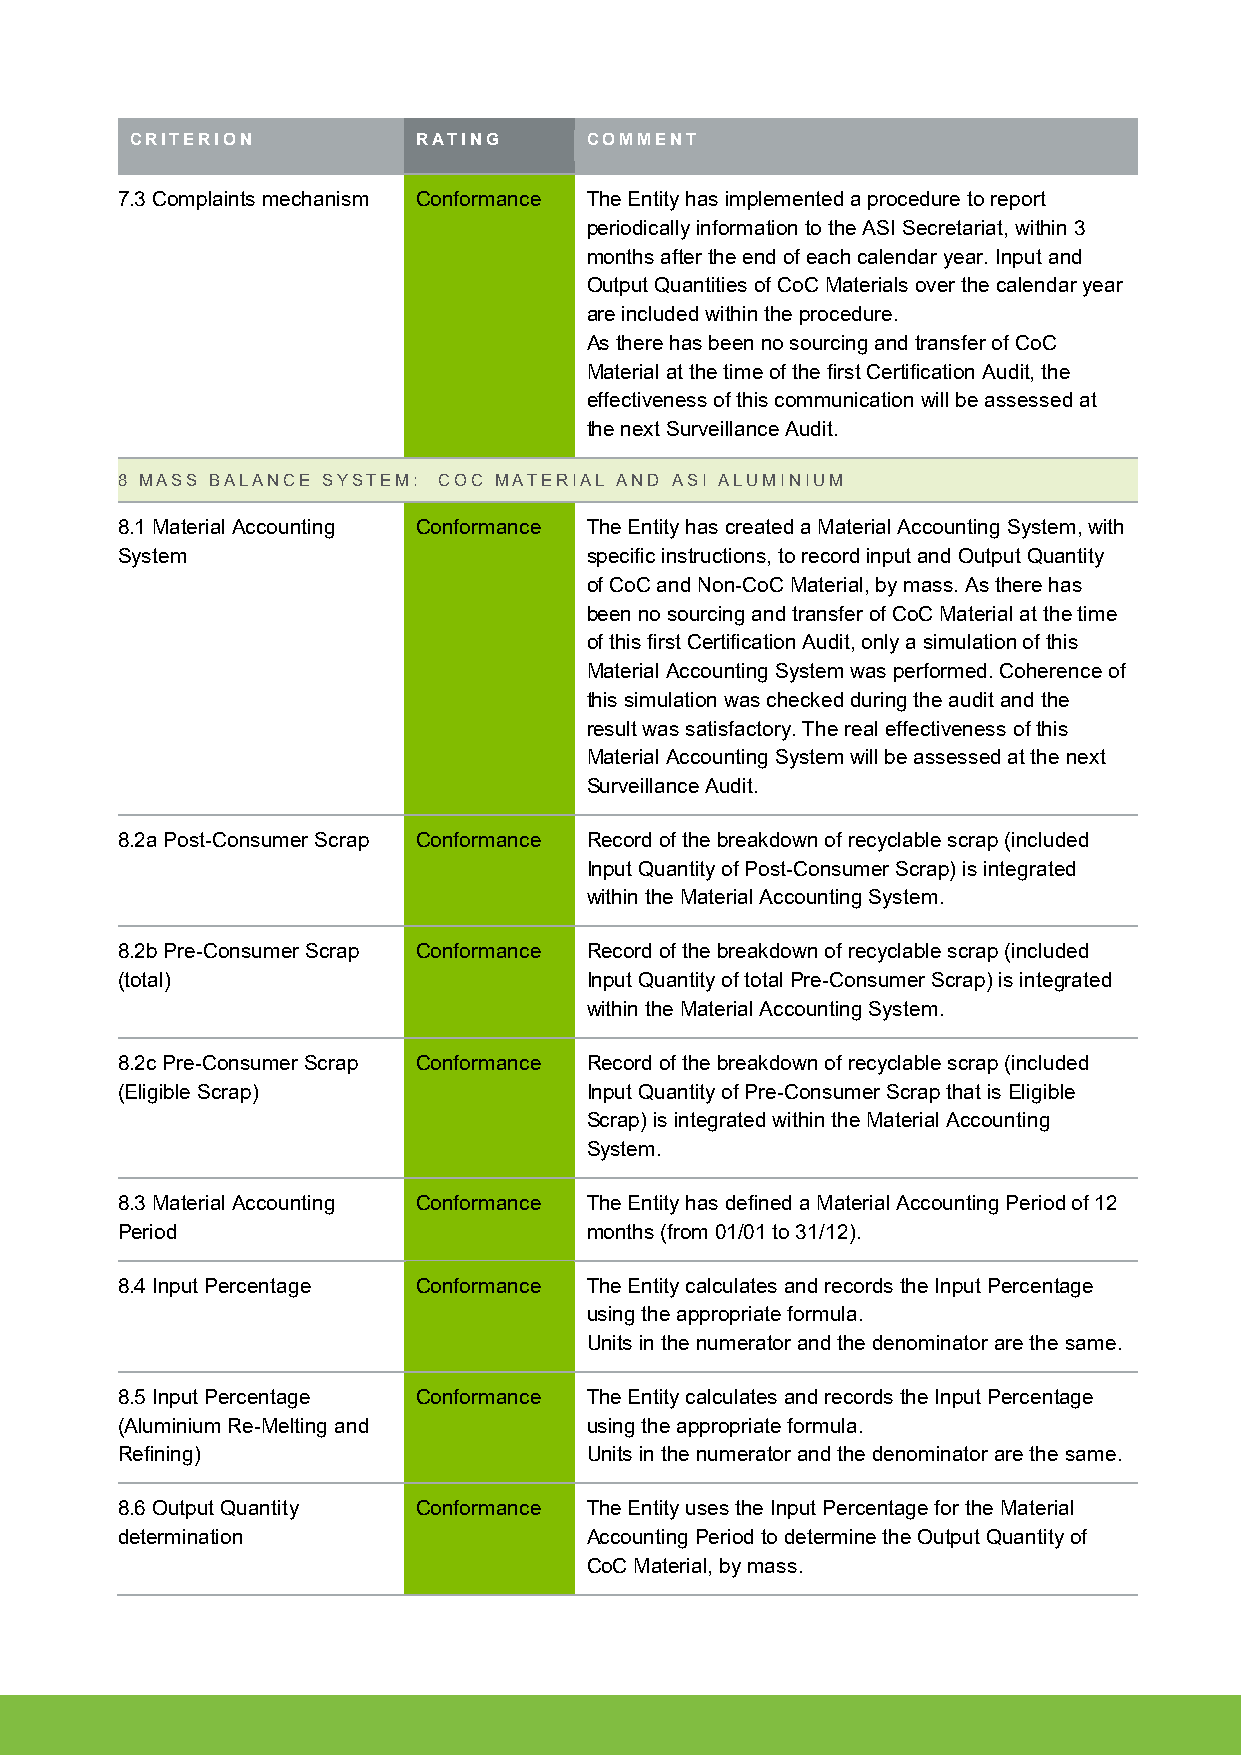
CRITERION          RATING     COMMENT
 7.3 Complaints mechanism Conformance The Entity has implemented a procedure to report
 periodically information to the ASI Secretariat, within 3
 months after the end of each calendar year. Input and
 Output Quantities of CoC Materials over the calendar year
 are included within the procedure.
 As there has been no sourcing and transfer of CoC
 Material at the time of the first Certification Audit, the
 effectiveness of this communication will be assessed at
 the next Surveillance Audit.
 8 MASS BALANCE SYSTEM: COC MATERIAL AND ASI ALUMINIUM
 8.1 Material Accounting Conformance The Entity has created a Material Accounting System, with
 System                         specific instructions, to record input and Output Quantity
 of CoC and Non-CoC Material, by mass. As there has
 been no sourcing and transfer of CoC Material at the time
 of this first Certification Audit, only a simulation of this
 Material Accounting System was performed. Coherence of
 this simulation was checked during the audit and the
 result was satisfactory. The real effectiveness of this
 Material Accounting System will be assessed at the next
 Surveillance Audit.
 8.2a Post-Consumer Scrap Conformance Record of the breakdown of recyclable scrap (included
 Input Quantity of Post-Consumer Scrap) is integrated
 within the Material Accounting System.
 8.2b Pre-Consumer Scrap Conformance Record of the breakdown of recyclable scrap (included
 (total)                        Input Quantity of total Pre-Consumer Scrap) is integrated
 within the Material Accounting System.
 8.2c Pre-Consumer Scrap Conformance Record of the breakdown of recyclable scrap (included
 (Eligible Scrap)               Input Quantity of Pre-Consumer Scrap that is Eligible
 Scrap) is integrated within the Material Accounting
 System.
 8.3 Material Accounting Conformance The Entity has defined a Material Accounting Period of 12
 Period                         months (from 01/01 to 31/12).
 8.4 Input Percentage Conformance The Entity calculates and records the Input Percentage
 using the appropriate formula.
 Units in the numerator and the denominator are the same.
 8.5 Input Percentage Conformance The Entity calculates and records the Input Percentage
 (Aluminium Re-Melting and      using the appropriate formula.
 Refining)                      Units in the numerator and the denominator are the same.
 8.6 Output Quantity Conformance The Entity uses the Input Percentage for the Material
 determination                  Accounting Period to determine the Output Quantity of
 CoC Material, by mass.